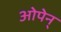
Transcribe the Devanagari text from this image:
ओपेन्